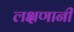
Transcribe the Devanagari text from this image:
लक्षणानी